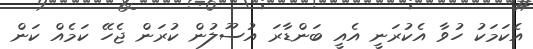
އެކަމަކު ހުވާ އެކުރަނީ އެއީ ބަންޑާރަ އުސޫލުން ކުރަން ޖެހޭ ކަމެއް ކަން